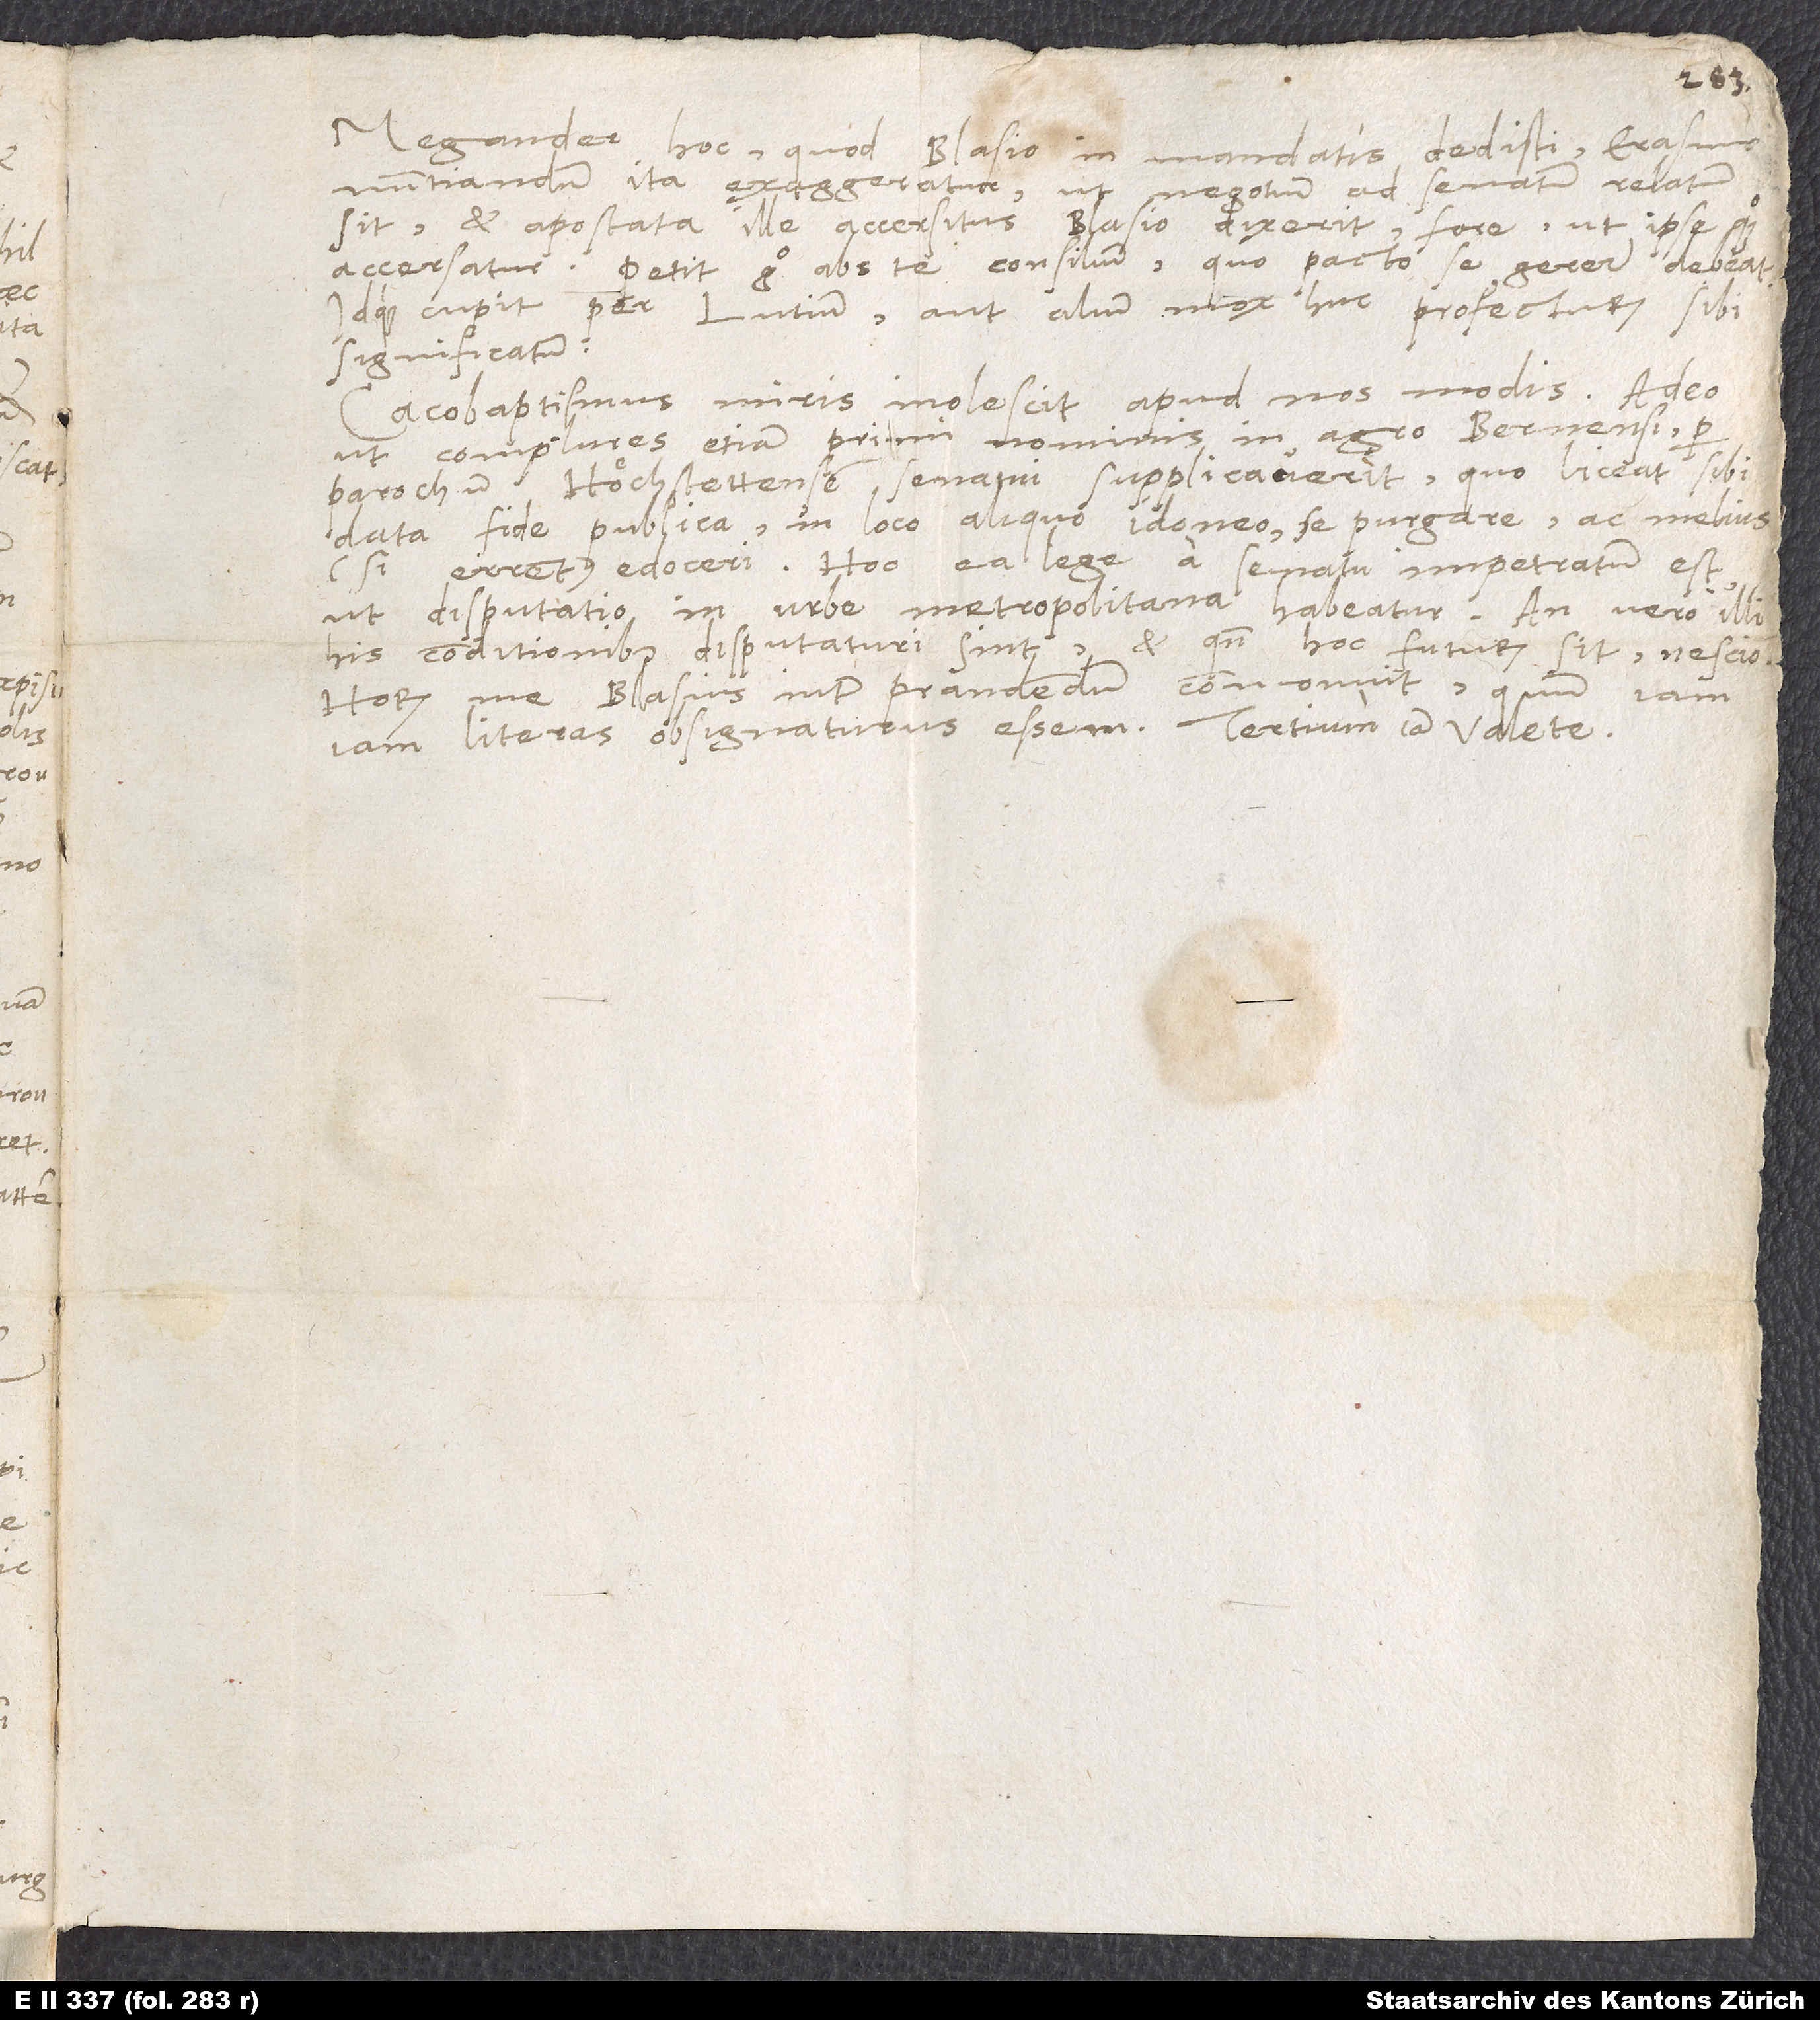
Megander, hoc, quod Blasio in mandatis dedisti Erasmo
nuntiandum, ita exaggeratur, ut negotium ad senatum relatum
sit et apostata ille accersitus Blasio dixerit fore, ut ipse quoque
accersatur. Petit ergo abs te consilium, quo pacto se gerere debeat,
idque cupit per Lutium aut alium mox huc profecturum sibi
significatum.
Cacobaptismus miris inolescit apud nos modis, adeo
ut complures etiam primi nominis in agro Bernensi per
parochum Höchstettensem senatui supplicaverint, quo liceat sibi
data fide publica in loco aliquo idoneo se purgare ac melius
(si errent) edoceri. Hoc ea lege a senatu impetratum est,
ut disputatio in urbe metropolitana habeatur. An vero illi
conditionibus disputaturi sint et quando hoc futurum sit, nescio.
Horum me Blasius inter prandendum commonuit, quum iamiam
literas obsignaturus essem. Tertium iam valete.